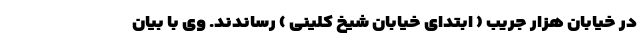
در خیابان هزار جریب ( ابتدای خیابان شیخ کلینی ) رساندند. وی با بیان